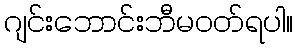
ဂျင်းဘောင်းဘီမဝတ်ရပါ။